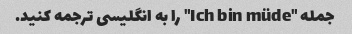
جمله "Ich bin müde" را به انگلیسی ترجمه کنید.